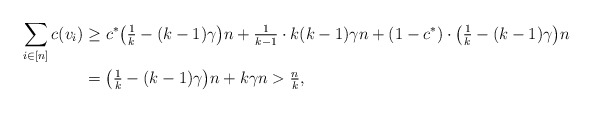
\begin{align*}\sum_{i\in[n]}c(v_i)&\ge c^*\big(\tfrac{1}{k}-(k-1)\gamma\big)n+\tfrac{1}{k-1}\cdot k(k-1)\gamma n+(1-c^*) \cdot \big(\tfrac{1}{k} - (k-1)\gamma \big)n\\&=\big(\tfrac{1}{k} -(k-1)\gamma\big)n + k\gamma n >\tfrac{n}{k},\end{align*}